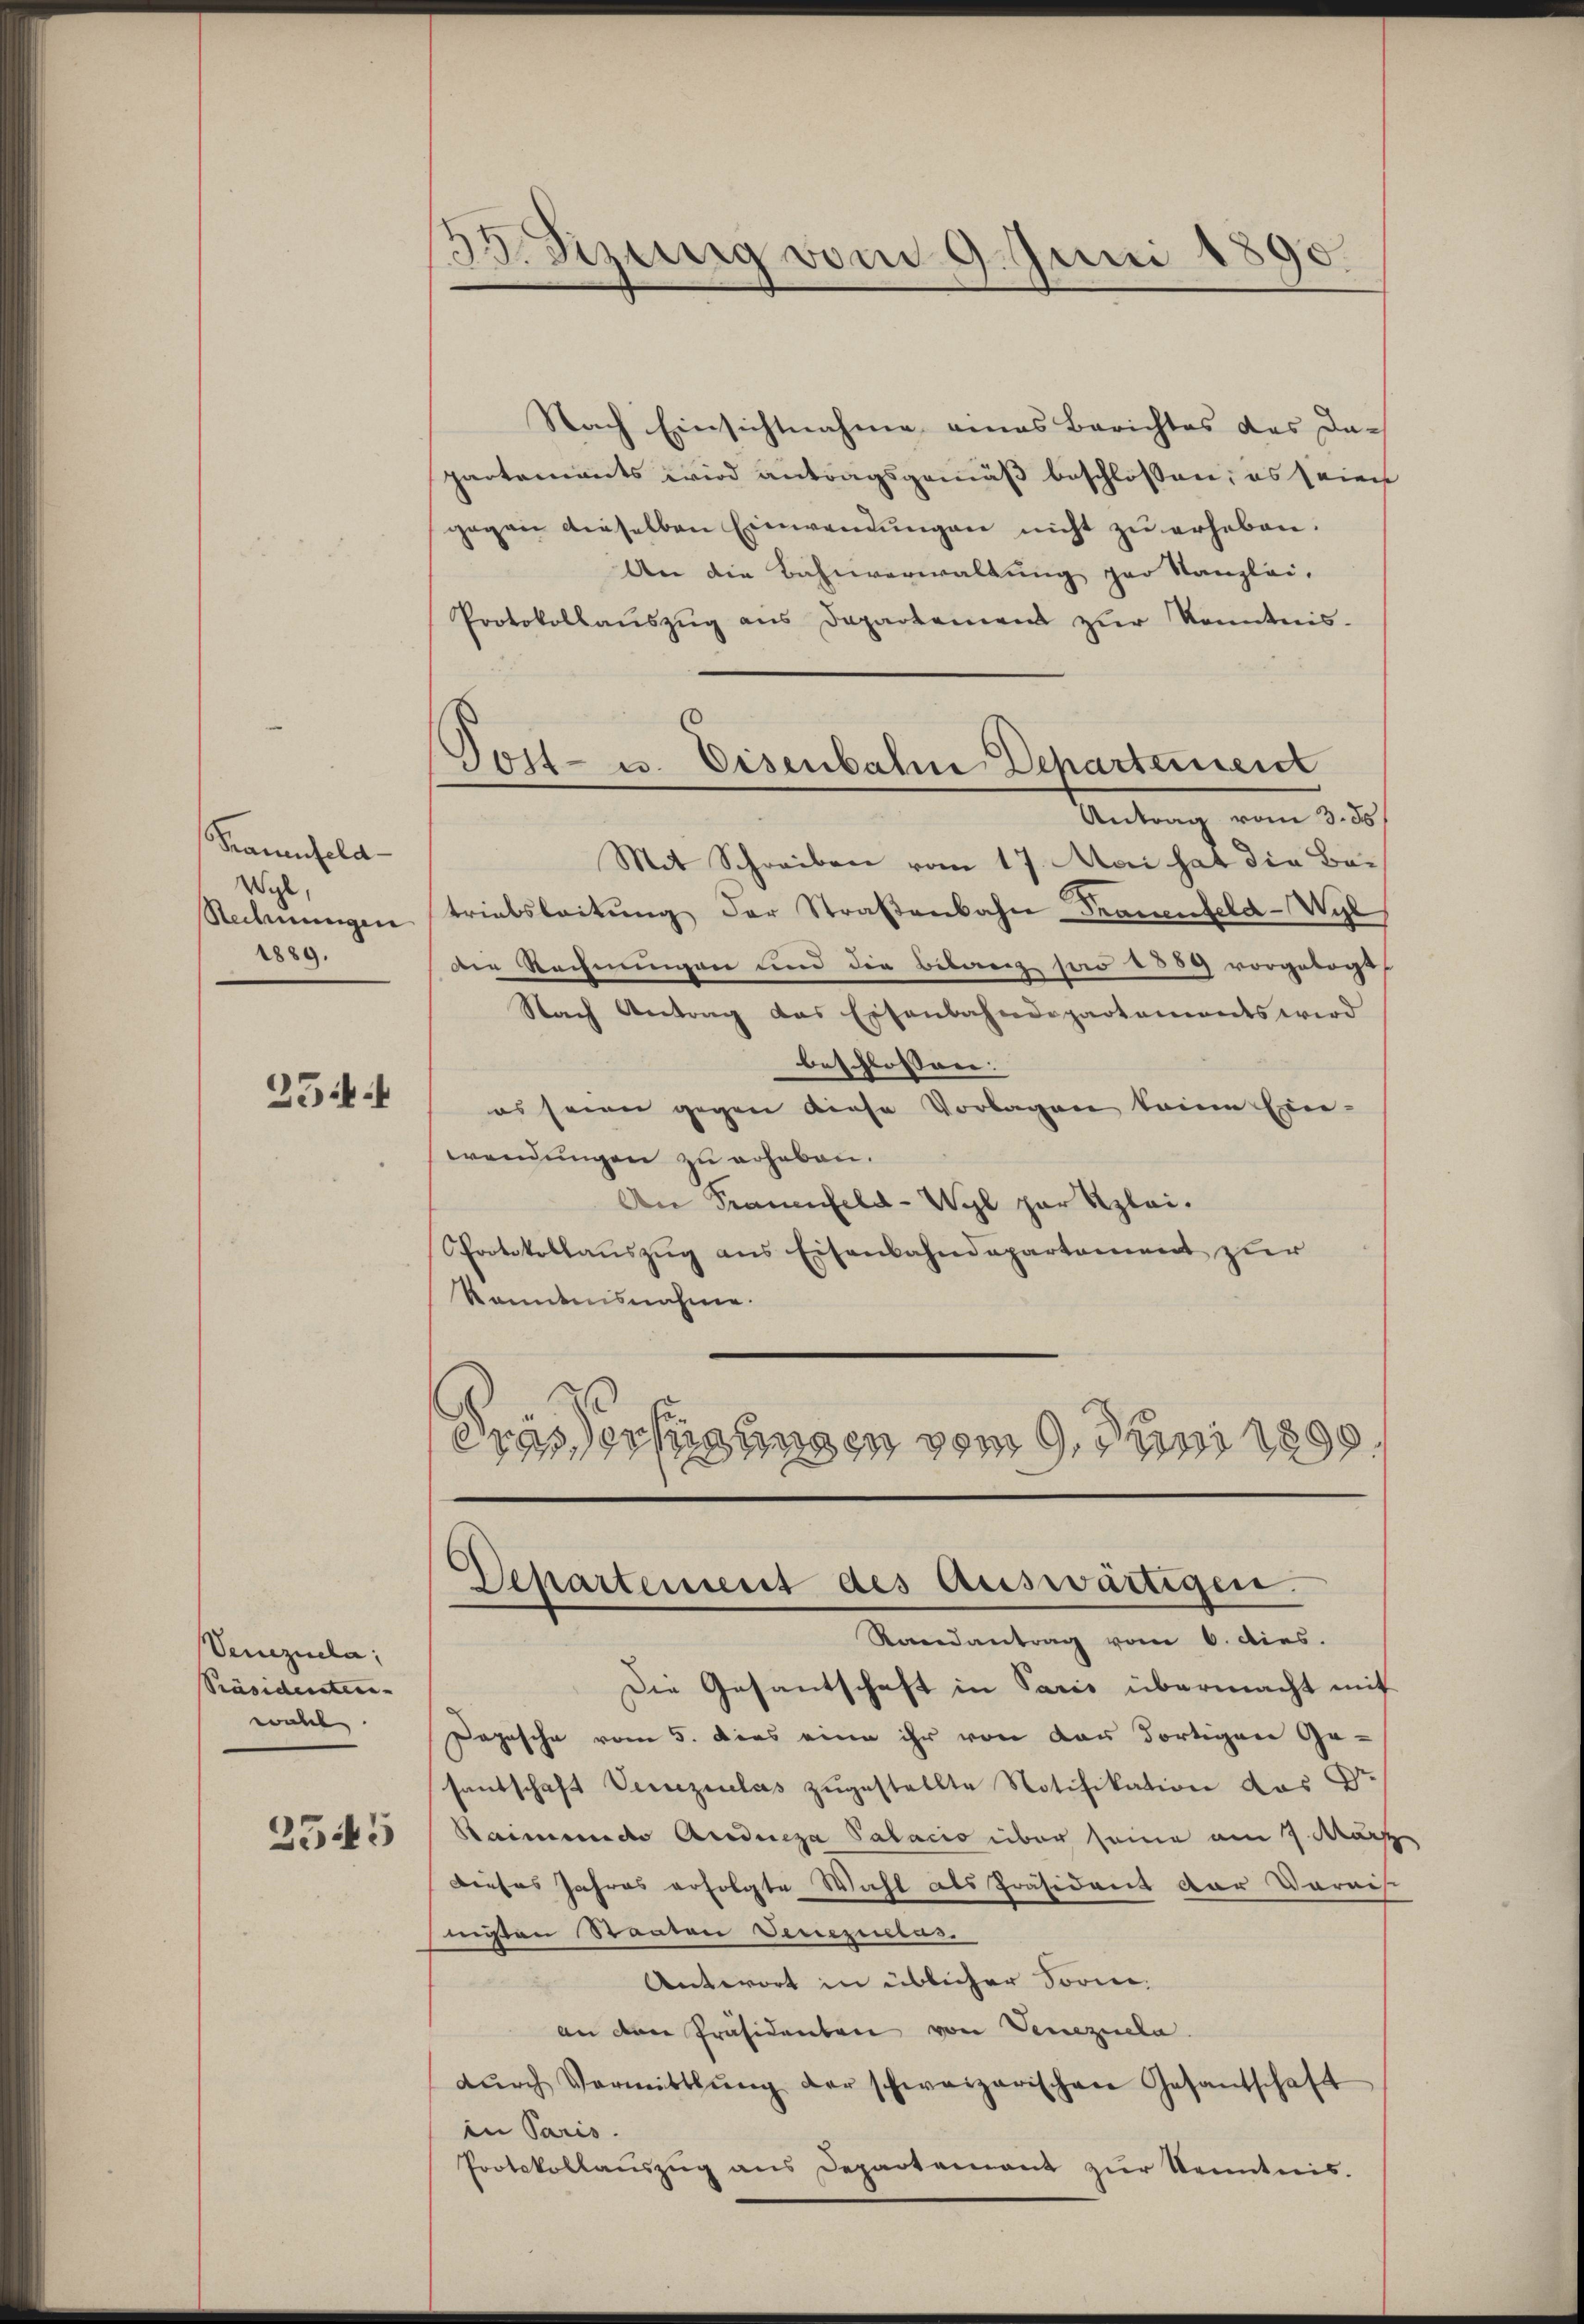
Frauenfeld
Wyl,
Rechnungen
1889.

2544

Venezuela
Präsidenteie- |
wahl
2545

23. Sizung vom 9. Juni 1890.
—

Nach Einsichtnahme eines Berichtes das Dar
partements wird antragsgemäß beschlossen, es seien
gegen dieselben Einwendungen nicht zu erheben.
An die Bahnverwaltung par Kanzlei-
Protokollaŭszŭg ans Departement zŭr Kenntnis-
Mit Schreiben vom 17. Mai hat die Betriebsleitŭng der Straßenbahn Frauenfeld-Wyl
der Rechnungen und die Bebau pro 1889 vorgelegt,
Nach Antrag das Eisenbahndepartements wird
beschlossen:
es seien gegen diese Vorlagen keine Ein-
wendungen zu erheben.
An Frauenfeld-Wyl zur Klei¬
Protokollauszug aus Eisenbahndepartement zur
Kenntnisnahme.
duas erfügungen vom 9. Juni 1890

Post- u. Eisenbahne Departement
Antrag vom 3. ds

Departement des auswärtigen.
Randantrag vom 6. dies.

Die Gesantschaft in Paris übermacht mit
Depesche vom 5. Dies eine ihr von der dortigen Ge-
santschaft Venezulas zugestellte Notifikation des Dr.
Baimende Anderesa Palacio über seine am 7. März
Dieses Jahres erfolgte Wahl als Präsident der Darnis
mißen Staaten Venezictus.
Antwort in üblicher Sori.
an den Präsidenten von Veneziela
dŭrch Vermittlung der schweizerischen Gesantschaft
in Paris.
Protokollaŭszŭg ans Departement zŭr Kenntnis.